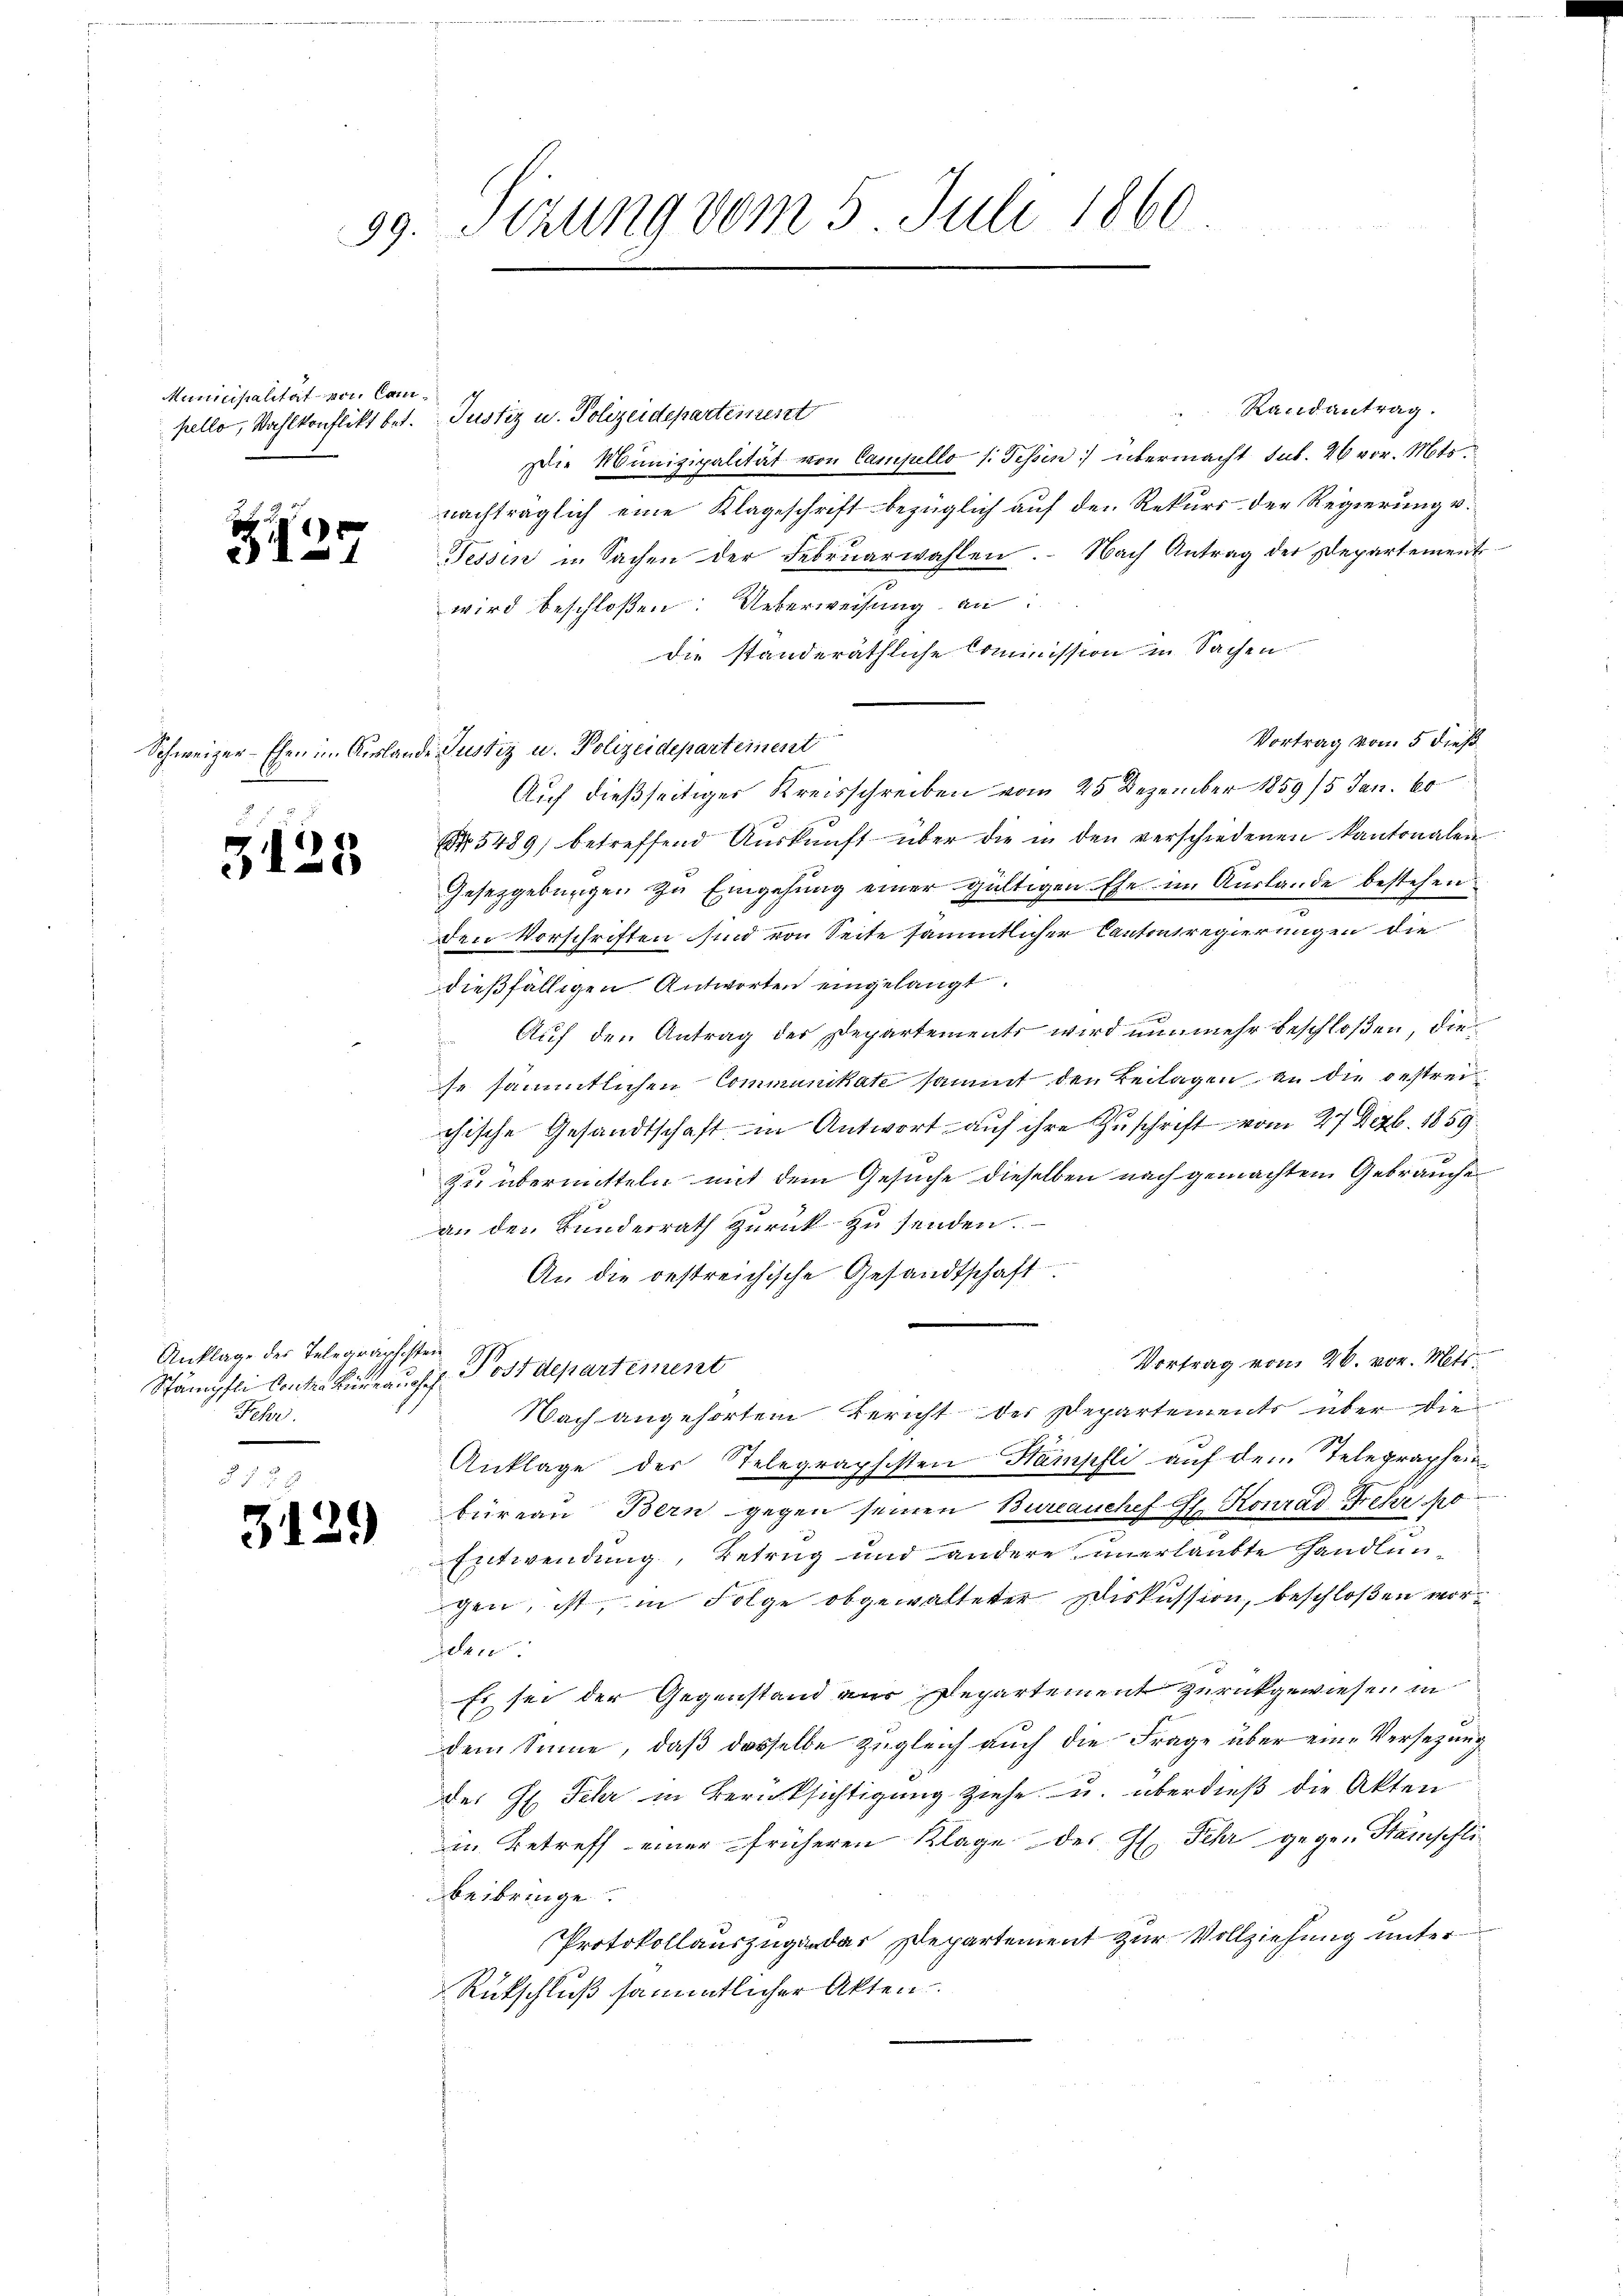
Municipalität von Can¬

7

1
310

Anklage des Telegraphisten
Fehr.

3129)

99. Sitzung vom 5. Juli 1860

Randantrag.
n
pello, Wahlkonflikt bet. Justiz u. Polizeidepartement
Die Munizipalität von Campello /: Tessin übermacht sub. 26 vor. Mts.
nachträglich eine Klageschrift bezüglich auf den Rekurs der Regierung v.
Tessin in Sachen der Febrŭarwahlen. Nach Antrag der Departement
wird beschloßen: Ueberweisung an:
die standeräthliche Commission in Sachen
Vortrag vom 5 dieß
Schweizer-Ehen im Auslande Justiz u. Polizeidepartement
Auf dießseitiges Kreisschreiben vom 25 Dezember 1859/5 Jan. 60
Nr. 5489) betreffend Aŭskŭnft über die in den verschiedenen Kantonalen
Gesetzgebungen zu Eingehung einer gültigen Ehe im Auslande bestehen.
den Vorschriften sind von Seite sämmtlicher Cantonsregierungen die
dießfälligen Antworten eingelangt.
 Auf den Antrag der Departements wird nunmehr beschloßen, diese sämmtlichen Communikate sammt den Beilagen an die gestreichische Gesandtschaft in Antwort auf ihre Zuschrift vom 27 Dezb. 1859
zu übermitteln mit dem Gesuche dieselben nach gemachtem Gebrauche
an den Bunderrath zurück zu senden.
An die bestreichische Gesandtschaft
Vortrag vom 26. vor. Mts.
Stämpfli Contre Büreaus Postdepartement
Nach angehörtem Bericht der Departements über die
Anklage der Telegraphisten Hämpfli auf dem Telegrapheinbüreau Bern gegen seinen Bureauchef E. Konrad Fehr o
Entwendung, Betrug und andere unerlaubte Handlungen, ist, in Folge obgewalteter Diskussion, beschloßen worden:
Es sei der Gegenstand zur Departement zurückgewiesen in
dem Sinne, daß dasselbe zugleich auch die Frage über eine Versetzung
des H. Sehr in Berücksichtigung ziehe u. überdieß die Akten
in Betreff einer früheren Klage des Hl. Sehr gegen Stämschli
beibringe.
Protokollauszugandar Departement zur Vollziehung unter
Rückschluß sämmtlicher Akten.